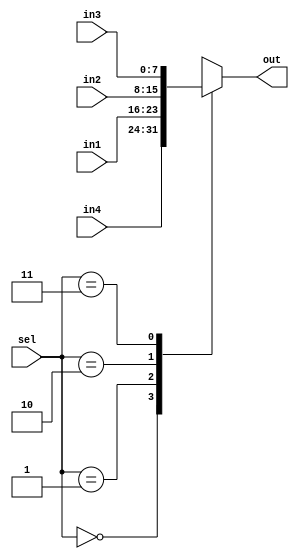


module mux_4_1 #(parameter N = 8) (sel,in1,in2,in3,in4,out);
input [1:0] sel;
input [N-1:0] in1,in2,in3,in4;
output reg [N-1:0] out;

always@(sel,in1,in2,in3,in4)
 begin
  case(sel)
     2'b00   :       out = in4;
     2'b01   :       out = in1;
     2'b10   :       out = in2;
     2'b11   :       out = in3;
     default :       out = in3;
  endcase
 end

endmodule